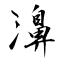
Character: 濞